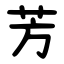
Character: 芳